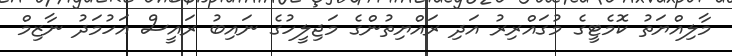
މާލިއްޔަތު ކޮމެޓީގެ މުގައްރިރު އަދި ރައްޔިތުންގެ މަޖިލީހުގެ ނައިބު ރައީސް އަހުމަދު ނާޒިމް